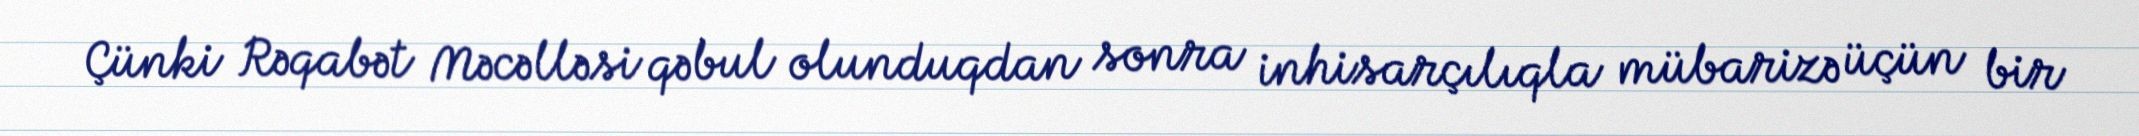
Çünki Rəqabət Məcəlləsi qəbul olunduqdan sonra inhisarçılıqla mübarizə üçün bir